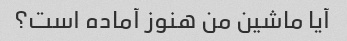
آیا ماشین من هنوز آماده است؟